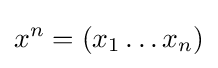
x^{n}=\left(x_{1}\ldots x_{n}\right)